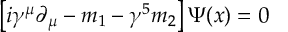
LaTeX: \left[ i \gamma ^ { \mu } \partial _ { \mu } - m _ { 1 } - \gamma ^ { 5 } m _ { 2 } \right] \Psi ( x ) = 0 \,